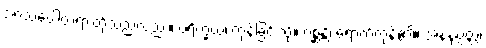
အာသဝေါတရားတို့သည်လည်း။ ပရိက္ခယံ၊ ကုန်ခြင်းသို့။ ဂစ္ဆန္တိ၊ ရောက်ကုန်၏။ အနနုပ္ပတ္တံ၊